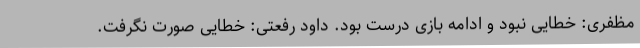
مظفری: خطایی نبود و ادامه بازی درست بود. داود رفعتی: خطایی صورت نگرفت.